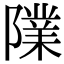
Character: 䧨